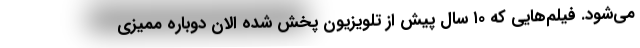
می‌شود. فیلم‌هایی که ۱۰ سال پیش از تلویزیون پخش شده الان دوباره ممیزی